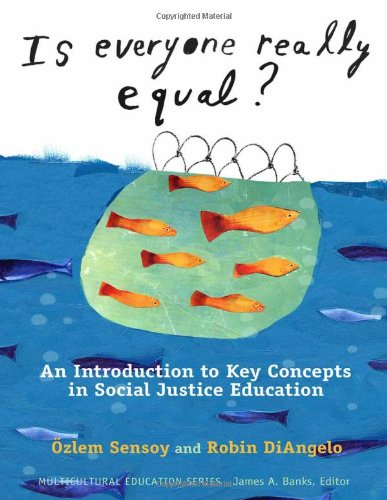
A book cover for Is Everyone Really Equal? An Introduction to Key Concepts in Social Justice Education (Multicultural Education); Ozlem Sensoy; Humor & Entertainment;